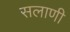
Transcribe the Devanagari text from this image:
सलाणी